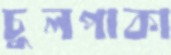
চুলপাকা